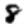
Digit: 8